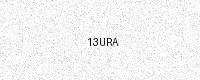
Text: 13URA